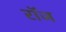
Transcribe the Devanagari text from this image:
रॉज